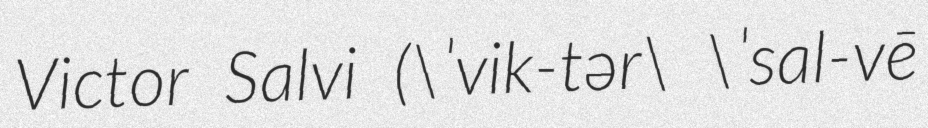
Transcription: Victor Salvi (\ˈvik-tər\ \ˈsal-vē